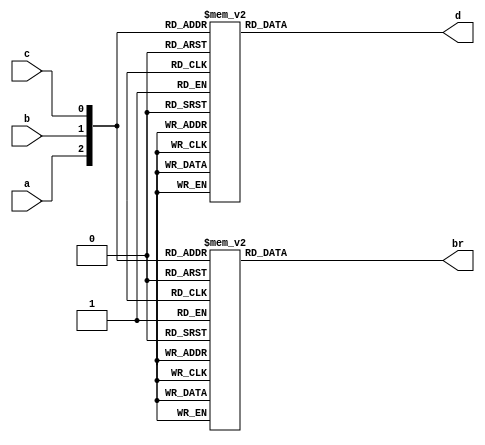

module fs_behavioral(a,b,c,d,br);
input a,b,c;
output reg d,br;
always@(*)
begin
case({a,b,c})
3'b000: d=0; 
3'b001: d=1; 
3'b010: d=1;
3'b011: d=0;
3'b100: d=1; 
3'b101: d=0; 
3'b110: d=0;
3'b111: d=1;

endcase

case({a,b,c})
3'b000: br=0; 
3'b001: br=1; 
3'b010: br=1;
3'b011: br=1;
3'b100: br=0; 
3'b101: br=0; 
3'b110: br=0;
3'b111: br=1;

endcase
end
endmodule